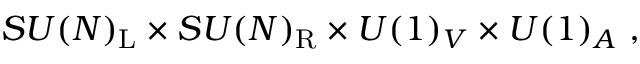
S U ( N ) _ { \mathrm { { L } } } \times S U ( N ) _ { \mathrm { { R } } } \times U ( 1 ) _ { V } \times U ( 1 ) _ { A } ~ ,